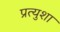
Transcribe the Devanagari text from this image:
प्रत्युशा